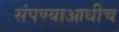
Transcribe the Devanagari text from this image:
संपण्याआधीच